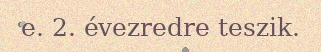
e. 2. évezredre teszik.